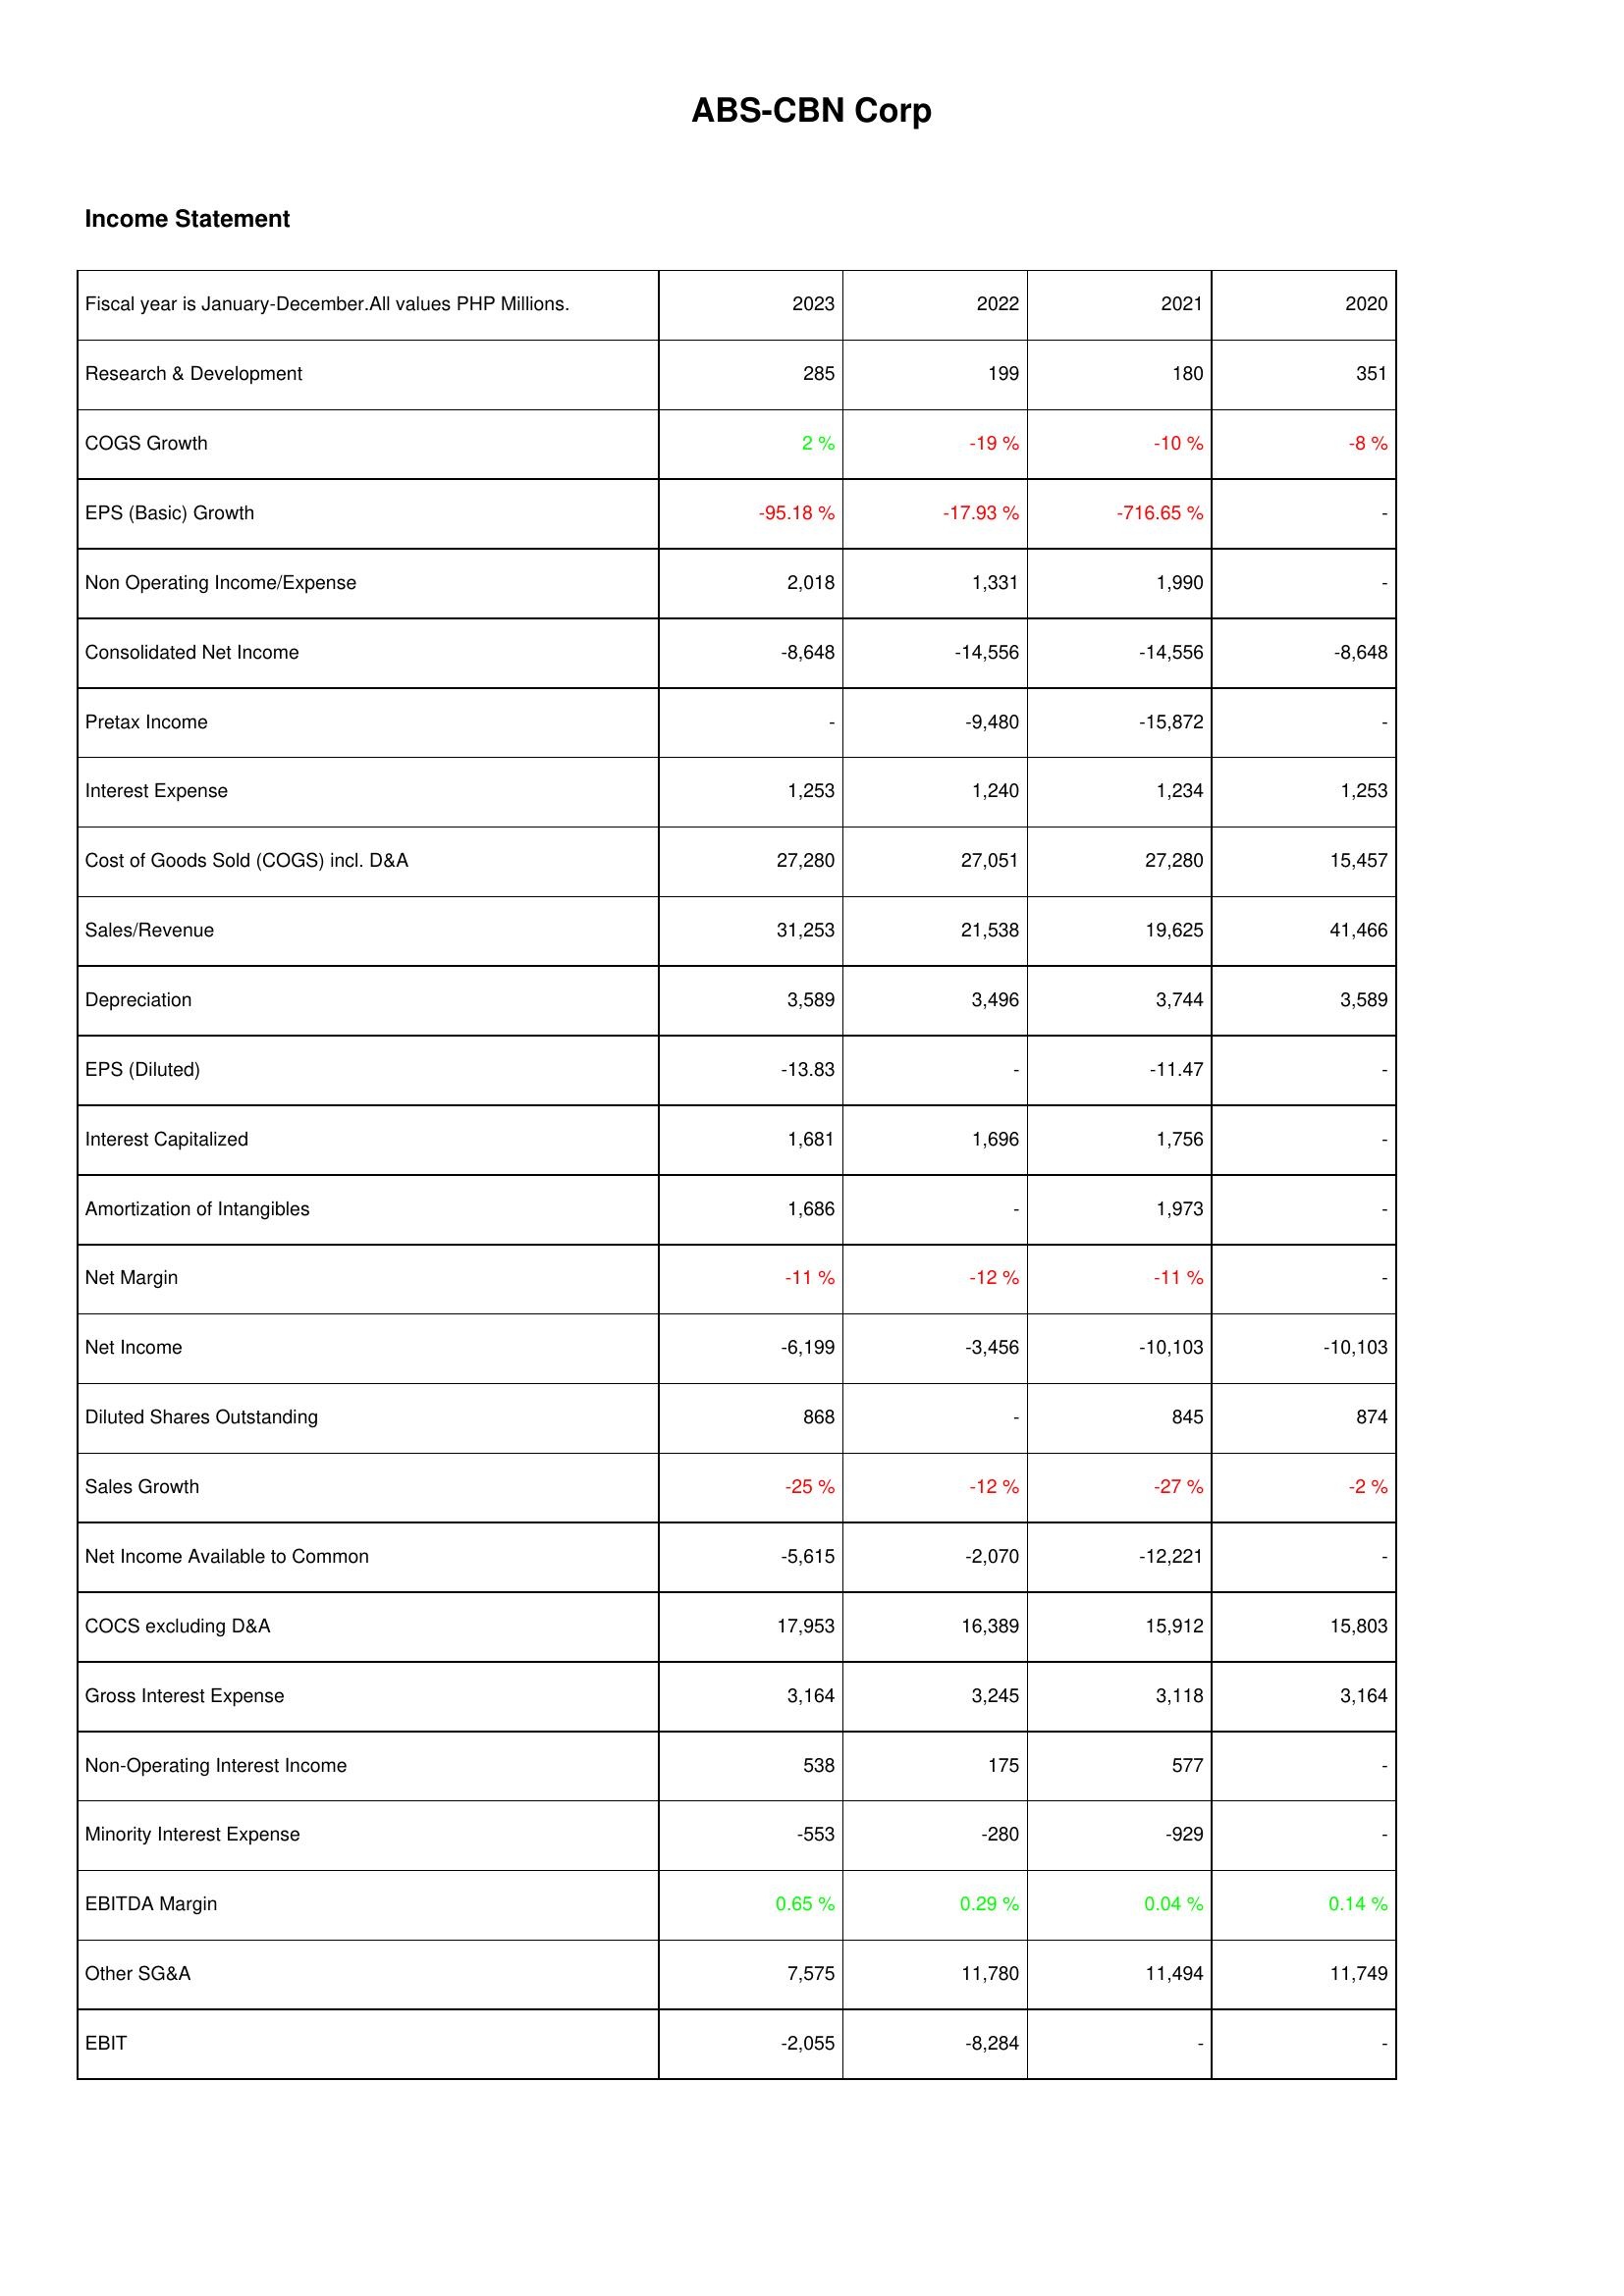
2023: Income Statement: Research & Development: 285
COGS Growth: 2 %
EPS (Basic) Growth: -95.18 %
Non Operating Income/Expense: 2,018
Consolidated Net Income: -8,648
Pretax Income: -
Interest Expense: 1,253
Cost of Goods Sold (COGS) incl. D&A: 27,280
Sales/Revenue: 31,253
Depreciation: 3,589
EPS (Diluted): -13.83
Interest Capitalized: 1,681
Amortization of Intangibles: 1,686
Net Margin: -11 %
Net Income: -6,199
Diluted Shares Outstanding: 868
Sales Growth: -25 %
Net Income Available to Common: -5,615
COCS excluding D&A: 17,953
Gross Interest Expense: 3,164
Non-Operating Interest Income: 538
Minority Interest Expense: -553
EBITDA Margin: 0.65 %
Other SG&A: 7,575
EBIT: -2,055
2022: Income Statement: Research & Development: 199
COGS Growth: -19 %
EPS (Basic) Growth: -17.93 %
Non Operating Income/Expense: 1,331
Consolidated Net Income: -14,556
Pretax Income: -9,480
Interest Expense: 1,240
Cost of Goods Sold (COGS) incl. D&A: 27,051
Sales/Revenue: 21,538
Depreciation: 3,496
EPS (Diluted): -
Interest Capitalized: 1,696
Amortization of Intangibles: -
Net Margin: -12 %
Net Income: -3,456
Diluted Shares Outstanding: -
Sales Growth: -12 %
Net Income Available to Common: -2,070
COCS excluding D&A: 16,389
Gross Interest Expense: 3,245
Non-Operating Interest Income: 175
Minority Interest Expense: -280
EBITDA Margin: 0.29 %
Other SG&A: 11,780
EBIT: -8,284
2021: Income Statement: Research & Development: 180
COGS Growth: -10 %
EPS (Basic) Growth: -716.65 %
Non Operating Income/Expense: 1,990
Consolidated Net Income: -14,556
Pretax Income: -15,872
Interest Expense: 1,234
Cost of Goods Sold (COGS) incl. D&A: 27,280
Sales/Revenue: 19,625
Depreciation: 3,744
EPS (Diluted): -11.47
Interest Capitalized: 1,756
Amortization of Intangibles: 1,973
Net Margin: -11 %
Net Income: -10,103
Diluted Shares Outstanding: 845
Sales Growth: -27 %
Net Income Available to Common: -12,221
COCS excluding D&A: 15,912
Gross Interest Expense: 3,118
Non-Operating Interest Income: 577
Minority Interest Expense: -929
EBITDA Margin: 0.04 %
Other SG&A: 11,494
EBIT: -
2020: Income Statement: Research & Development: 351
COGS Growth: -8 %
EPS (Basic) Growth: -
Non Operating Income/Expense: -
Consolidated Net Income: -8,648
Pretax Income: -
Interest Expense: 1,253
Cost of Goods Sold (COGS) incl. D&A: 15,457
Sales/Revenue: 41,466
Depreciation: 3,589
EPS (Diluted): -
Interest Capitalized: -
Amortization of Intangibles: -
Net Margin: -
Net Income: -10,103
Diluted Shares Outstanding: 874
Sales Growth: -2 %
Net Income Available to Common: -
COCS excluding D&A: 15,803
Gross Interest Expense: 3,164
Non-Operating Interest Income: -
Minority Interest Expense: -
EBITDA Margin: 0.14 %
Other SG&A: 11,749
EBIT: -